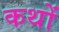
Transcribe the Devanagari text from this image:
कथों